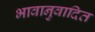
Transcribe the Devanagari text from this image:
भावानुवादित